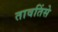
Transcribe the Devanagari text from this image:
तावतिंसे